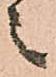
之